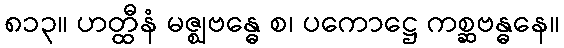
၈၁၃။ ဟတ္ထီနံ မဇ္ဈဗန္ဓေ စ၊ ပကောဋ္ဌေ ကစ္ဆဗန္ဓနေ။